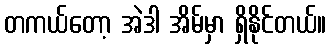
တကယ်တော့ အဲဒါ အိမ်မှာ ရှိနိုင်တယ်။